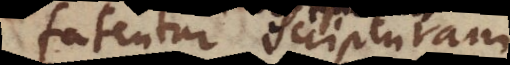
fatentur Scripturam